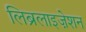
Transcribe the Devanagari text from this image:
लिब्रलाइज़ेशन